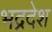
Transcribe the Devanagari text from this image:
भद्रदेश